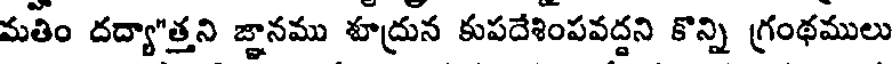
మతిం దద్యా"త్తని జ్ఞానము శూద్రున కుపదేశింపవద్దని కొన్ని గ్రంథములు